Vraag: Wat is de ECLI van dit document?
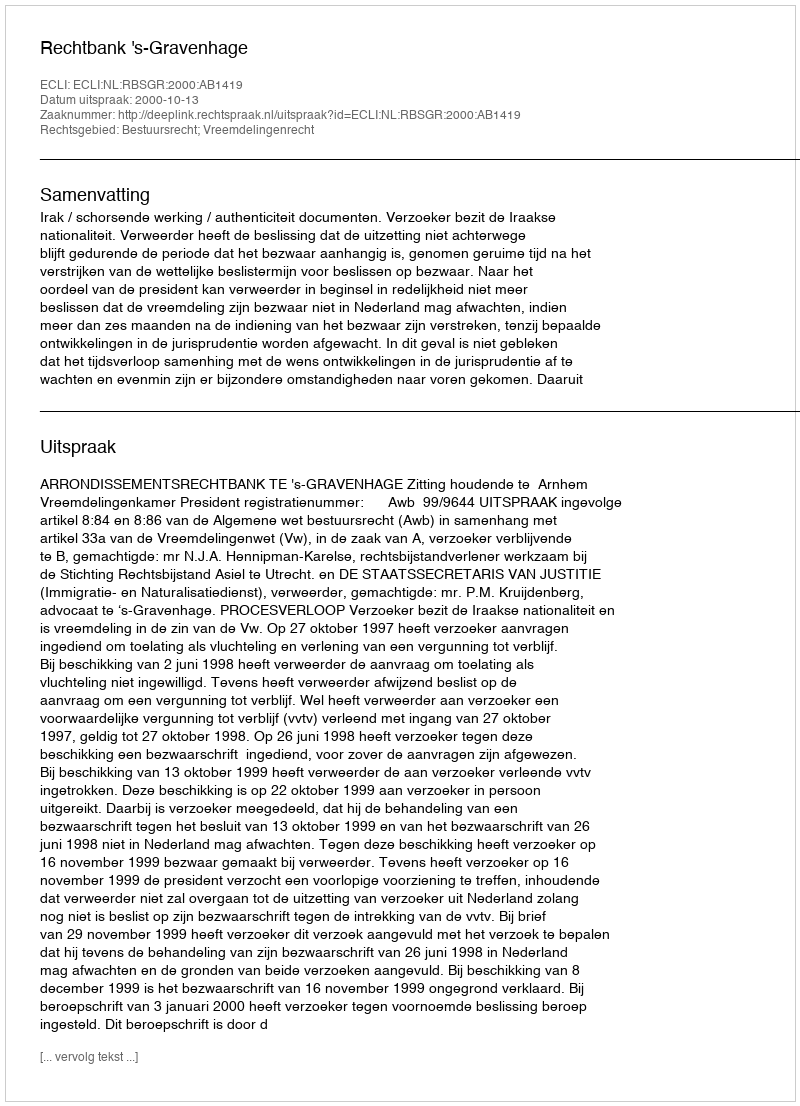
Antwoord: ECLI:NL:RBSGR:2000:AB1419